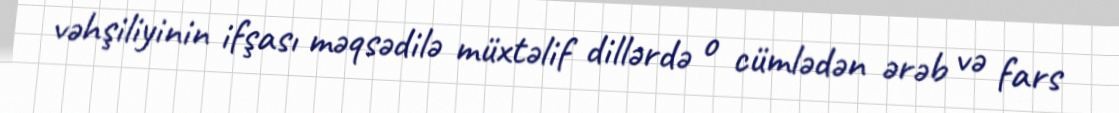
vəhşiliyinin ifşası məqsədilə müxtəlif dillərdə o cümlədən ərəb və fars